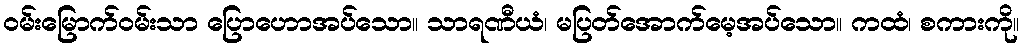
ဝမ်းမြောက်ဝမ်းသာ ပြောဟောအပ်သော။ သာရဏီယံ၊ မပြတ်အောက်မေ့အပ်သော။ ကထံ၊ စကားကို။